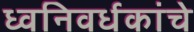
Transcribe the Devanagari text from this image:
ध्वनिवर्धकांचे